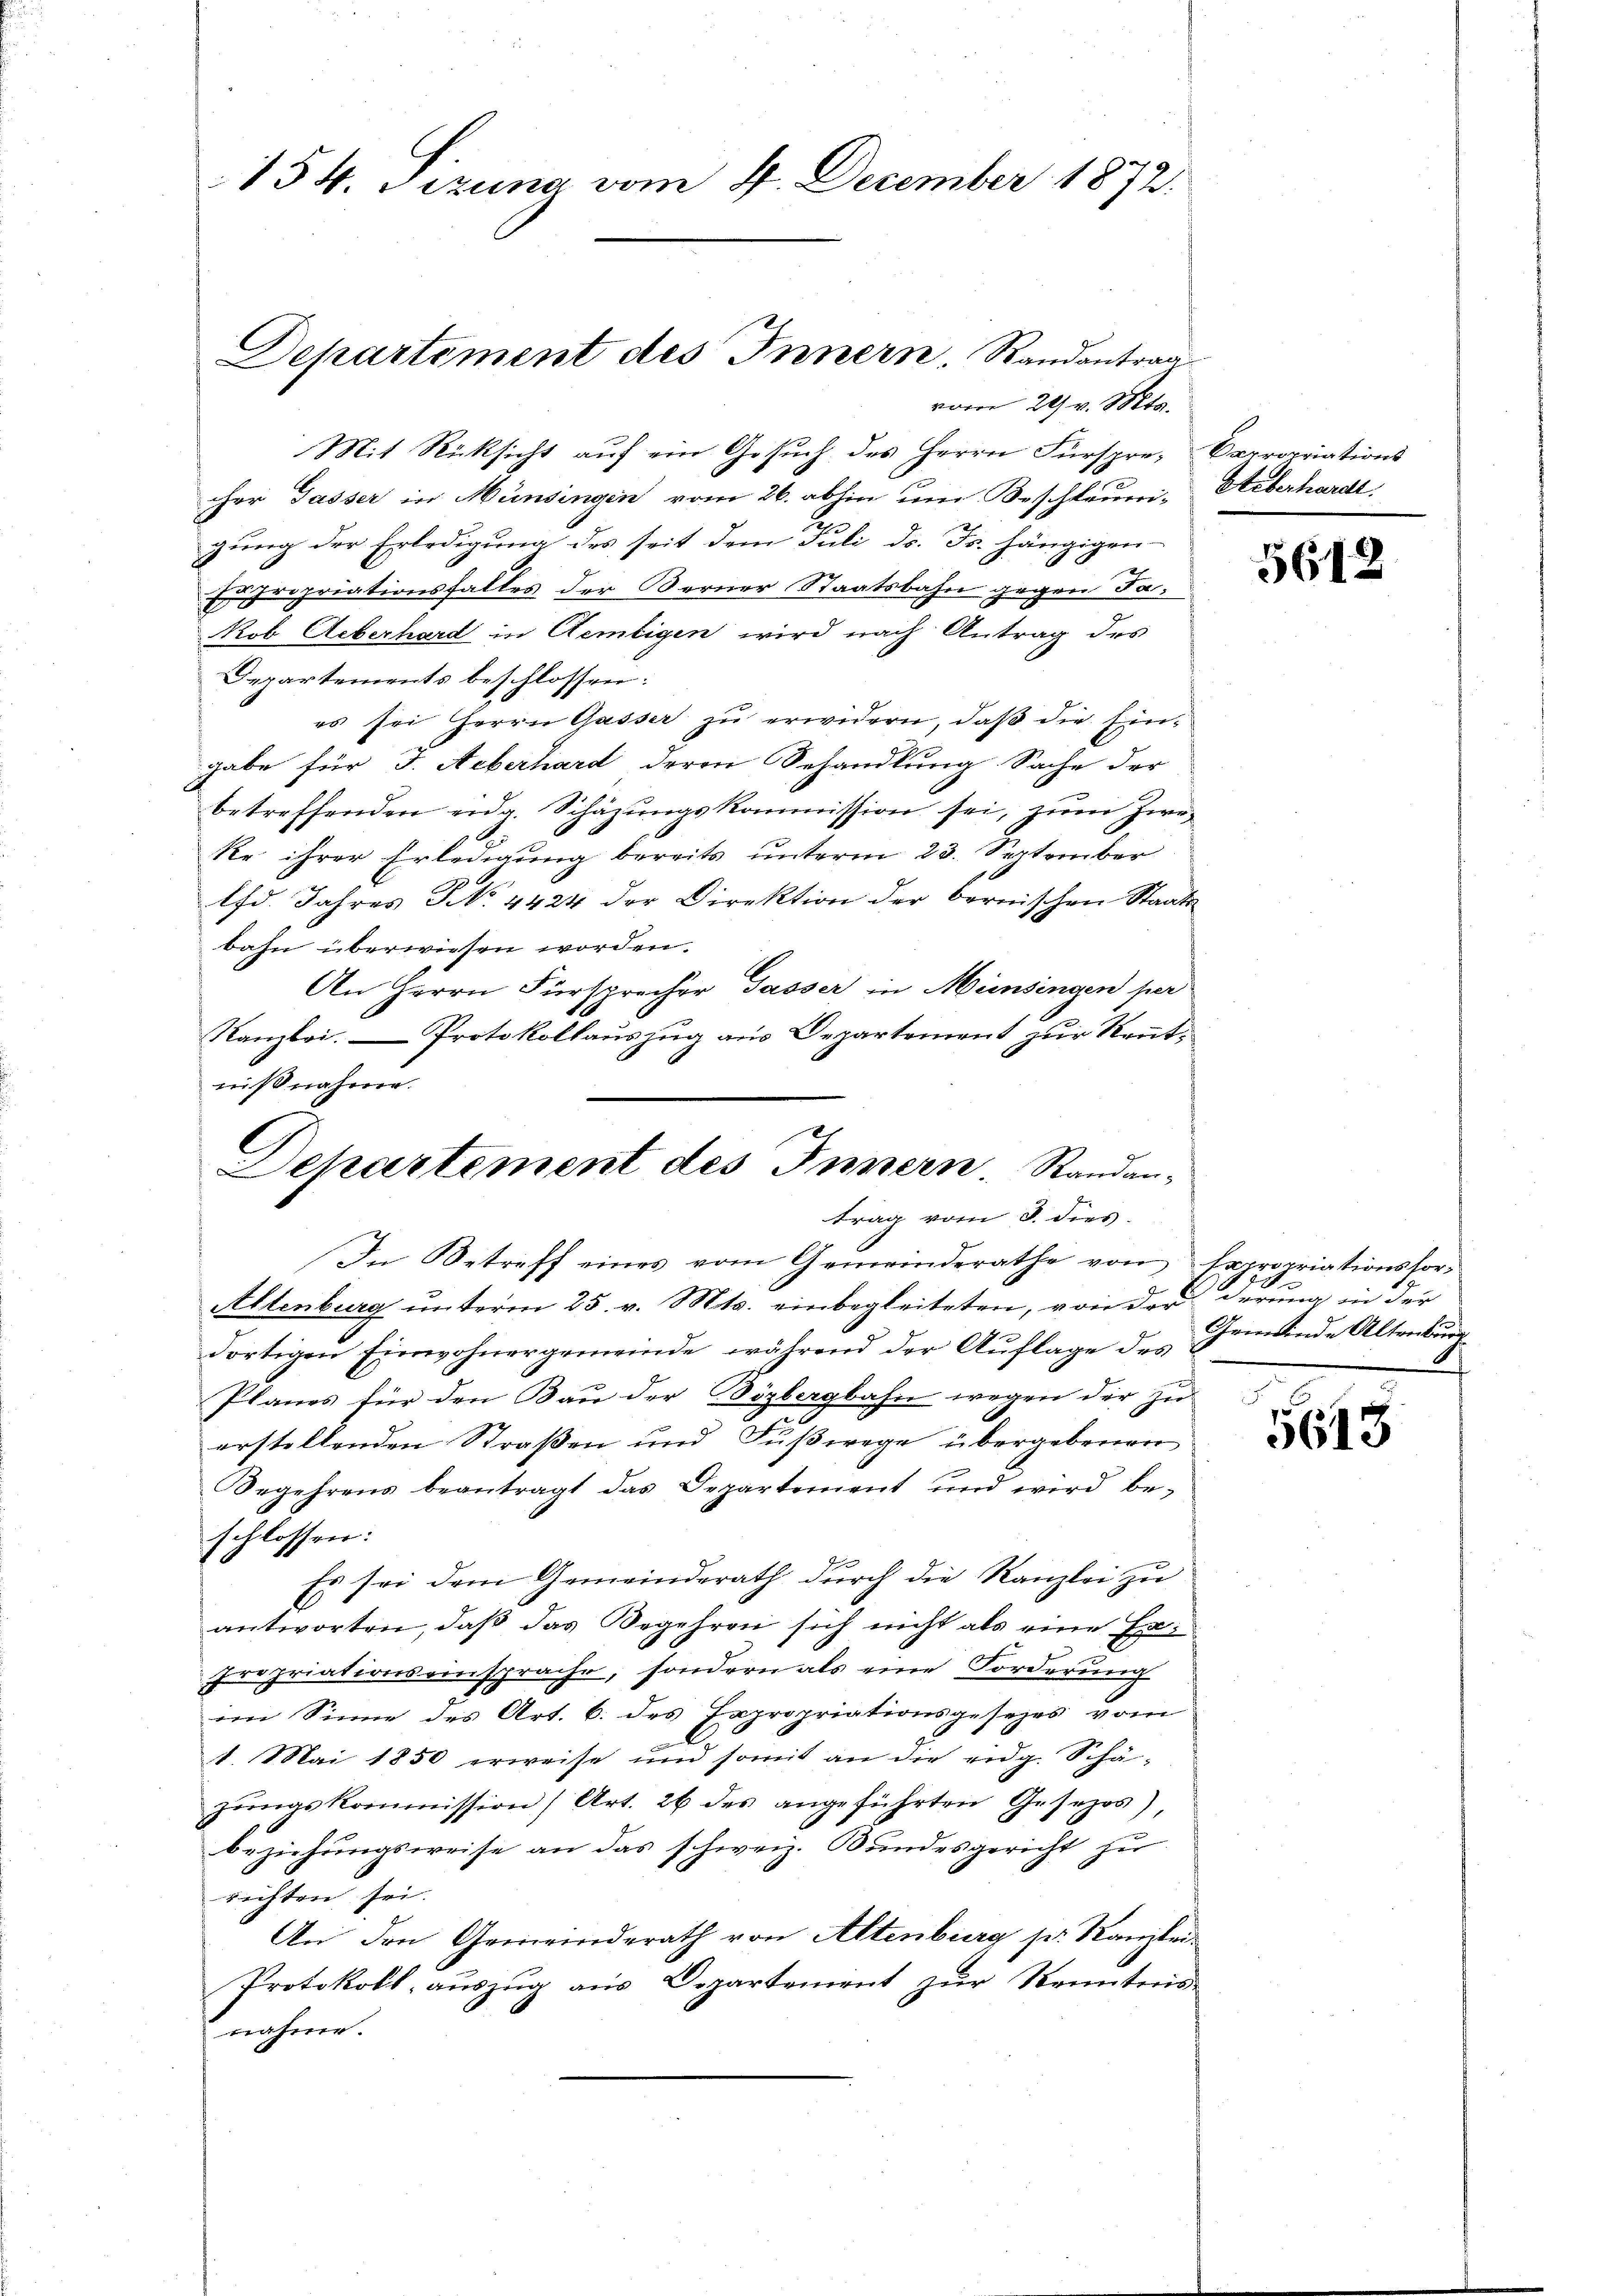
154. Pizuna vom 4. December 1872.

Mit Rücksicht auf ein Gesuch des Herrn Fürspre- Carropriations
cher Gasser in Münsingen vom 26. abhin um Beschleuni-Ueberhardt,
gung der Erledigung des seit dem Juli d. Js. hängigen
propriationsfalles der Berner Staatsbahn gegen Fa¬
.
kob Aeberhard in Aemtigen wird nach Antrag des
Departements beschlossen:
es sei Herrn Gasser zu erwidern, daß die Eingabe für J. Aeberhard deren Behandlung Sache der
betreffenden eng. Schäzŭngskommission sei, zum Zwe¬
Re ihrer Erledigung bereits unterm 23. September
lfd. Jahres No. 4424 der Direktion der bernischen Staats-
bahn überwiesen worden.
An Herrn Fürsprecher Gasser in Münsingen per
Kanzlei. — Protokollauszug aus Departement zur Rentnißnahme.

Departement des Innern, Randantrag
vom 29. v. Mts.

Departement des Innern. Randantrag vom 3. dies

In Betreff eines vom Gemeinderathe von Expropriationshor¬
Altenburg unterm 25. v. Mts. einbegleiteten, von der derung in der
dortigen Einwohnergemeinde, während der Auflage des
Planes für den Bau der Bözbergbahn wegen der zu
erstellenden Straßen und Fußwege übergebenen
Begehrens beantragt das Departement und wird be-
schlossen:
Es sei dem Gemeinderath durch die Kanzlei zu
antworten, daß das Begehren sich nicht als eine Expropriationseinsprache, sondern als eine Forderung
im Sinne des Art. 6. des Expropriationsgesezes vom
1. Mai 1850 erweise und somit an die eidg. Schäzŭngskommission (Art. 26 des angeführten Gesezos),
beziehungsweise an das schweiz. Bundesgericht zu
richten sei.
An den Gemeinderath von Altenburg pr. Kanzlei¬
Protokoll, auszug aus Departement zur Kenntnis
nahm.

5612

114
Gemeinde Altenburg
2

5643